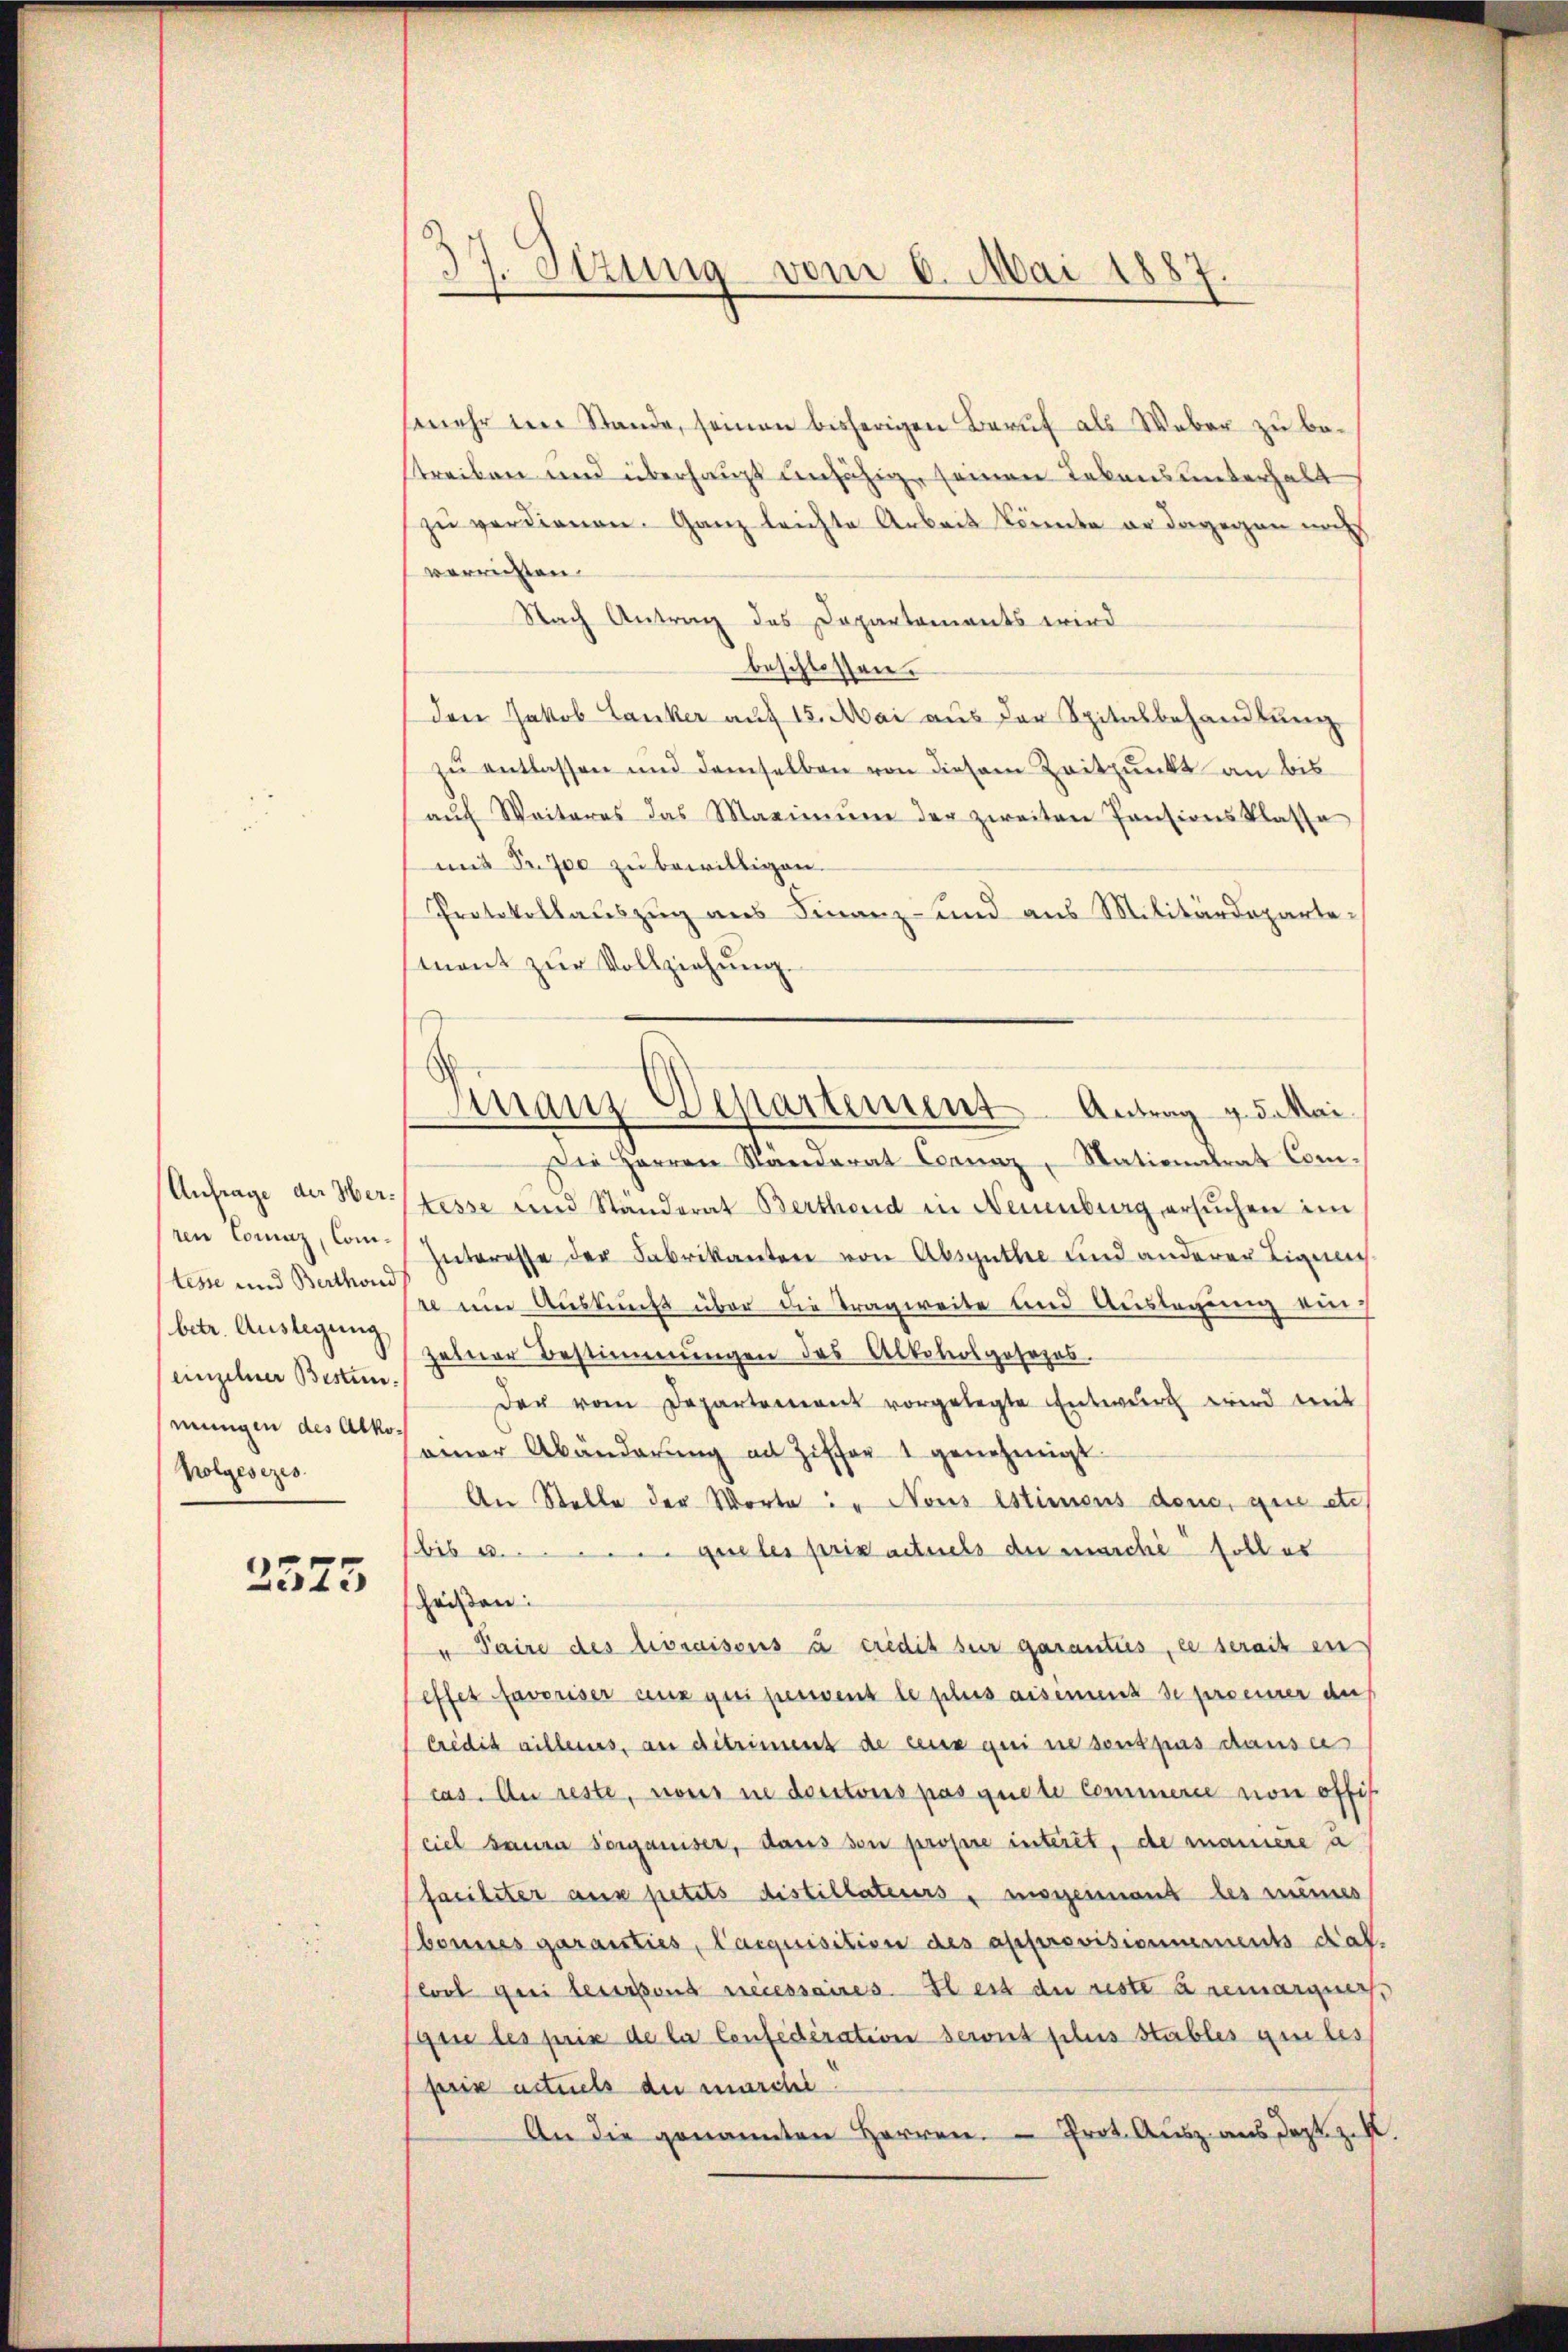
ren Comaz, Comtese und Berthond
betr. Auslegung,
einzelner Besten.
mungen des Alko¬
Kolgesezes.

2375

37. Sitzung vom 6. Mai 1887

mehr im Stande, seinen bisherigen Beruf als Weber zu be¬
Streiben und überhaupt unfähig, seinen Lebensunterhalt
zu verdienen. Ganz leichte Arbeit könnte er dagegen noch
verrichten.
Nach Antrag des Departements wird
beschlossen:
den Jakob Lanker auf 15. Mai aus der Spitalbehandlung
zu entlassen und demselben von diesem Zeitpunkt an bis
aŭf Weiteres das Maximŭm der zweiten Pensionsklasse
mit Proe zu bewilligen.
Protokollauszug aus Finanz- und aus Militärdepartesment zur Vollziehung.
Die Herren Ständerat Cranaz, Nationalrat Com¬
Anfrage der Wer tesse und Standerat Berthend in Neuenburg ersŭchen im
Interesse der Fabrikanton von Absguthe und anderer Tigung
se um Auskunft über die Tragweite und Auslegung ein¬
Zeiner Bestimmungen des Altoliosgesezes.
der vom Departement vorgelegte Entwurf wird mit
einer Abänderŭng an Ziffer 1 genehmigt.
An Stelle der Worte: " Nous estimens dem, que etc
bis quales privactuels der marche soll es
heißen:
" Paire des livraisons à credit sur garanties, le serait en
effer favoriser aux qui pessent le plus aisiment de proemer de
Crédit villeurs, an ditriment de ceux qui ne sont pas dausu
cas. An reste, nous in dortons pas quete Commern von offis
ciel bauen sorganiser, dans son propre interet, de manière à
(faciliter aus petits distillateurs, insgennant les mines
bonnes garanties, Parquisition des approvisionnements daf
boot qui leurband necessaires. Il est du reste à remargner,
que les prix de la Confederation serit plus Stables geles
bris actuels du marchi
An die genannten Herren. - Prot. Ausz aus dort z. B.

Finanz-Departement Antrag 15. Mai